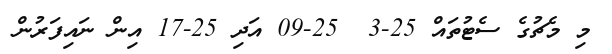
މި މެޗުގެ ސެޓުތައް 25-3  25-09 އަދި 25-17 އިން ނައިފަރުން